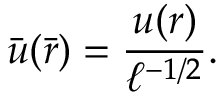
\bar { u } ( \bar { r } ) = \frac { u ( r ) } { \ell ^ { - 1 / 2 } } .